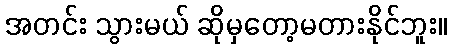
အတင်း သွားမယ် ဆိုမှတော့မတားနိုင်ဘူး။